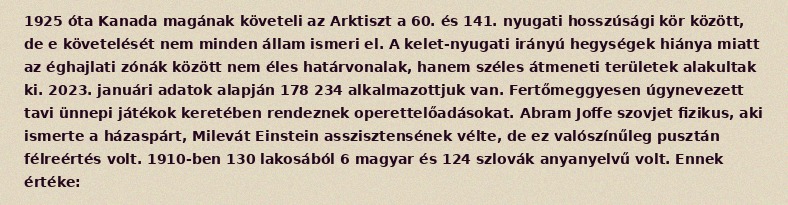
1925 óta Kanada magának követeli az Arktiszt a 60. és 141. nyugati hosszúsági kör között, de e követelését nem minden állam ismeri el. A kelet-nyugati irányú hegységek hiánya miatt az éghajlati zónák között nem éles határvonalak, hanem széles átmeneti területek alakultak ki. 2023. januári adatok alapján 178 234 alkalmazottjuk van. Fertőmeggyesen úgynevezett tavi ünnepi játékok keretében rendeznek operettelőadásokat. Abram Joffe szovjet fizikus, aki ismerte a házaspárt, Milevát Einstein asszisztensének vélte, de ez valószínűleg pusztán félreértés volt. 1910-ben 130 lakosából 6 magyar és 124 szlovák anyanyelvű volt. Ennek értéke: